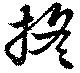
搖